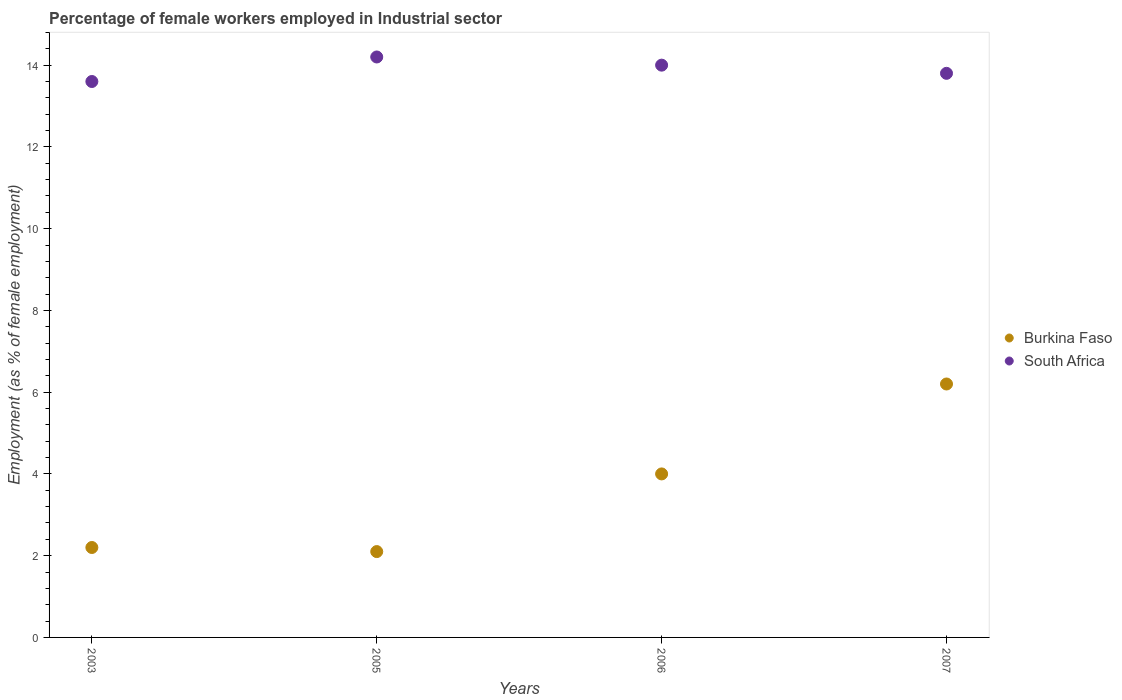
| Years | Burkina Faso | South Africa |
 | --- | --- | --- |
 | 2003 | 2.2 | 13.6 |
 | 2005 | 2.1 | 14.2 |
 | 2006 | 4 | 14 |
 | 2007 | 6.2 | 13.8 |